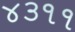
૪૩૧૧